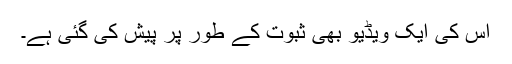
اس کی ایک ویڈیو بھی ثبوت کے طور پر پیش کی گئی ہے۔